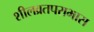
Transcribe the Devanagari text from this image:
शीलव्रतपराभास